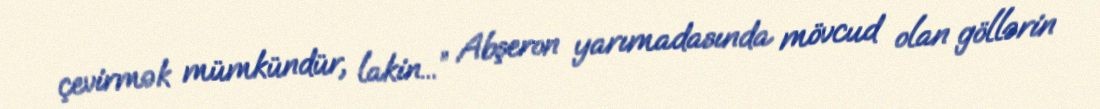
çevirmək mümkündür, lakin...” Abşeron yarımadasında mövcud olan göllərin